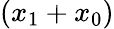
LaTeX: (x_{1}+x_{0})